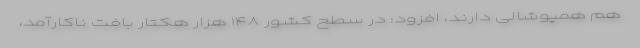
هم همپوشالی دارند، افزود: در سطح کشور ۱۴۸ هزار هکتار بافت ناکارآمد،